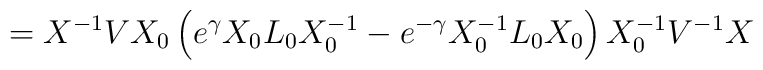
=X^{-1}VX_0\,\Big(e^{\gamma}X_0L_0X_0^{-1}-e^{-\gamma}X_0^{-1}L_0X_0\Big)\,X_0^{-1}V^{-1}X